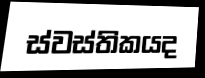
ස්වස්තිකයද